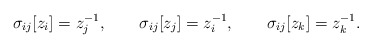
\begin{align*}\sigma_{ij}[z_i]=z_j^{-1}, \qquad \sigma_{ij}[z_j]=z_i^{-1},\qquad\sigma_{ij}[z_k]=z_k^{-1}.\end{align*}